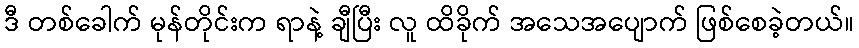
ဒီ တစ်ခေါက် မုန်တိုင်းက ရာနဲ့ ချီပြီး လူ ထိခိုက် အသေအပျောက် ဖြစ်စေခဲ့တယ်။